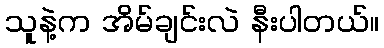
သူနဲ့က အိမ်ချင်းလဲ နီးပါတယ်။